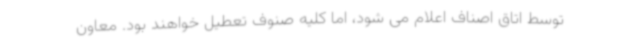
توسط اتاق اصناف اعلام می شود، اما کلیه صنوف تعطیل خواهند بود. معاون